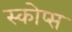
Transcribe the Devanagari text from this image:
स्कोप्स